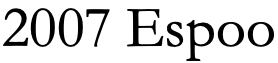
2007 Espoo